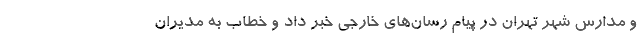
و مدارس شهر تهران در پیام رسان‌های خارجی خبر داد و خطاب به مدیران